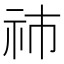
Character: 𥙅